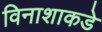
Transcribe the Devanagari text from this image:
विनाशाकडे